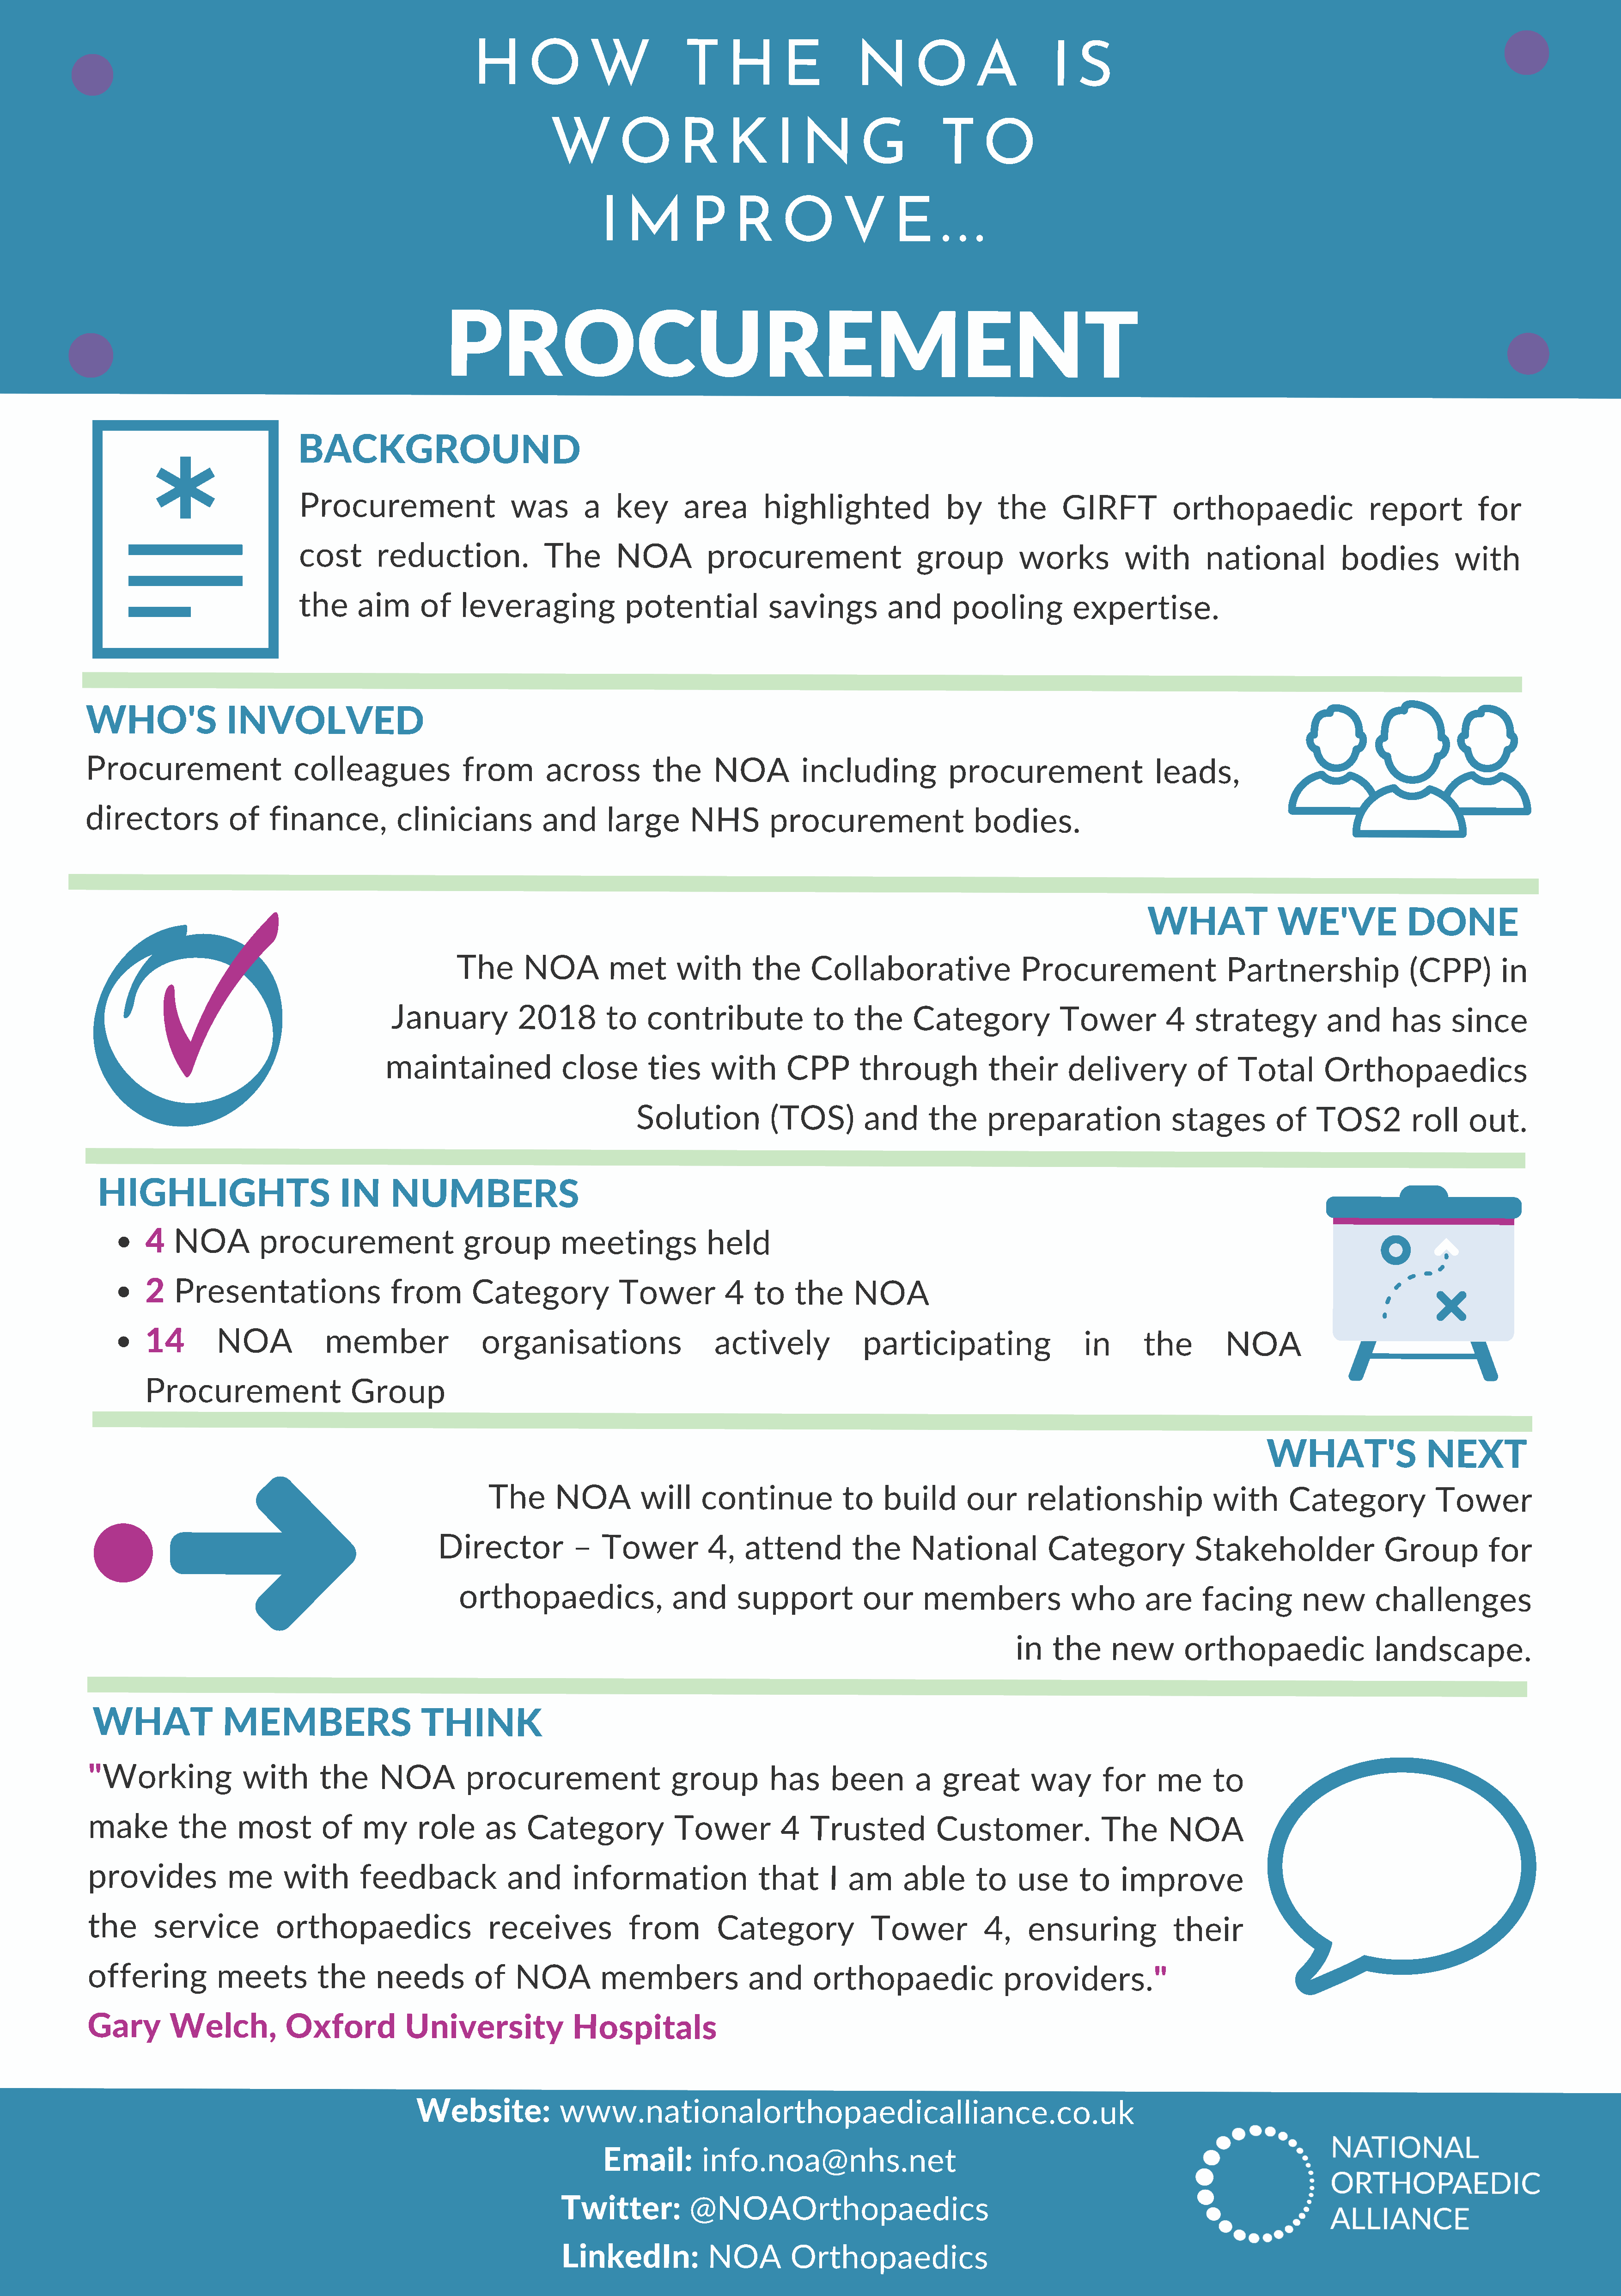
H       O       W             T     H       E          N       O        A          I  S
 W         O       R      K      I   N       G           T     O
 I   M        P     R      O        V      E      . .  .
 PROCUREMENT
 BACKGROUND
 Procurement                   was        a   key       area       highlighted                by     the      GIRFT           orthopaedic                 report          for
 cost       reduction.              The       NOA          procurement                   group          works          with        national           bodies          with
 the     aim      of    leveraging             potential            savings          and      pooling           expertise.
 WHO'S               INVOLVED
 Procurement                   colleagues              from        across         the      NOA          including            procurement                  leads,
 directors            of    finance,          clinicians           and      large       NHS        procurement                  bodies.
 WHAT               WE'VE              DONE
 The       NOA         met       with       the     Collaborative                 Procurement                   Partnership               (CPP)        in
 January           2018         to    contribute             to    the      Category             Tower          4   strategy           and      has      since
 maintained               close        ties     with       CPP       through            their      delivery          of    Total        Orthopaedics
 Solution           (TOS)         and      the     preparation                stages         of    TOS2         roll    out.
 HIGHLIGHTS                         IN     NUMBERS
 4   NOA         procurement                  group         meetings             held
 2   Presentations                  from        Category             Tower          4   to    the     NOA
 14        NOA             member                organisations                    actively              participating                  in       the         NOA
 Procurement                  Group
 WHAT'S                 NEXT
 The      NOA          will    continue             to    build      our      relationship               with       Category             Tower
 Director           –   Tower          4,    attend         the     National            Category             Stakeholder                Group          for
 orthopaedics,                 and       support           our     members              who        are     facing         new       challenges
 in   the     new        orthopaedic                landscape.
 WHAT               MEMBERS                     THINK
 "Working              with       the     NOA          procurement                  group         has      been        a   great        way       for     me      to
 make         the     most        of    my      role      as   Category              Tower          4   Trusted           Customer.               The      NOA
 provides            me      with       feedback             and      information                that      I  am     able       to    use      to    improve
 the      service          orthopaedics                   receives            from         Category              Tower           4,    ensuring             their
 offering          meets         the      needs         of    NOA         members              and      orthopaedic                 providers."
 Gary       Welch,           Oxford           University              Hospitals
 Website:            www.nationalorthopaedicalliance.co.uk
 Email:         info.noa@nhs.net
 Twitter:           @NOAOrthopaedics
 LinkedIn:            NOA         Orthopaedics